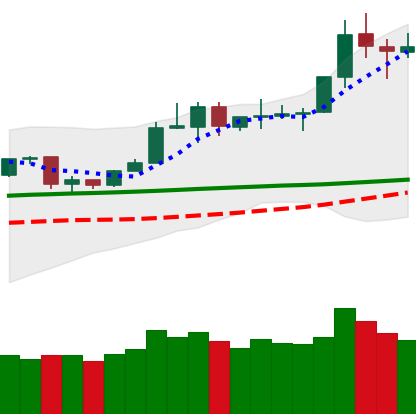
Ticker: TRX-USD
Chart end date: 2020-02-09
Forward return: 19.474%
Label: up_7plus